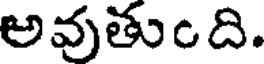
అవుతుంది.